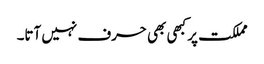
مملکت پر کبھی بھی حرف نہیں آتا۔